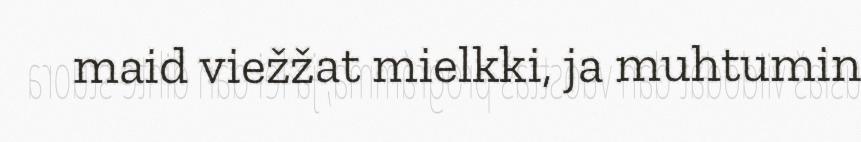
maid viežžat mielkki, ja muhtumin